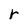
Character: r